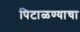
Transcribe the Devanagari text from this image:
पिटाळण्याचा